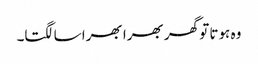
وہ ہوتا تو گھر بھرا بھرا سا لگتا۔